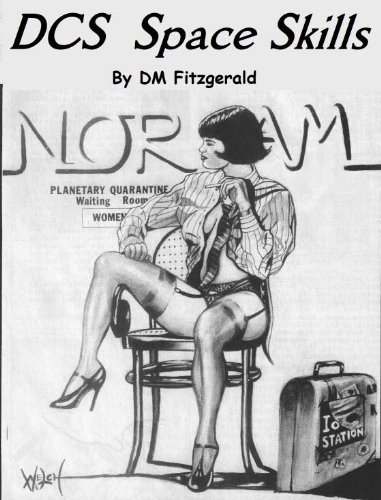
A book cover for DCS Space Skills; DM Fitzgerald; Science Fiction & Fantasy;